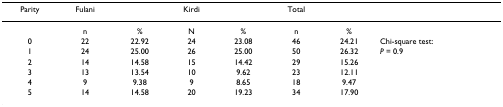
<table><thead><tr><td><b>Parity</b></td><td><b>Fulani</b></td><td></td><td><b>Kirdi</b></td><td></td><td><b>Total</b></td><td></td><td></td></tr></thead><tbody><tr><td></td><td>n</td><td>%</td><td>N</td><td>%</td><td>n</td><td>%</td><td></td></tr><tr><td>0</td><td>22</td><td>22.92</td><td>24</td><td>23.08</td><td>46</td><td>24.21</td><td>Chi-square test:</td></tr><tr><td>1</td><td>24</td><td>25.00</td><td>26</td><td>25.00</td><td>50</td><td>26.32</td><td><i>P </i>= 0.9</td></tr><tr><td>2</td><td>14</td><td>14.58</td><td>15</td><td>14.42</td><td>29</td><td>15.26</td><td></td></tr><tr><td>3</td><td>13</td><td>13.54</td><td>10</td><td>9.62</td><td>23</td><td>12.11</td><td></td></tr><tr><td>4</td><td>9</td><td>9.38</td><td>9</td><td>8.65</td><td>18</td><td>9.47</td><td></td></tr><tr><td>5</td><td>14</td><td>14.58</td><td>20</td><td>19.23</td><td>34</td><td>17.90</td><td></td></tr></tbody></table>